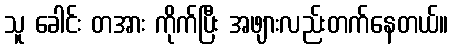
သူ ခေါင်း တအား ကိုက်ပြီး အဖျားလည်းတက်နေတယ်။